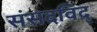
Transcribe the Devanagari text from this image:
संसदविद्‌